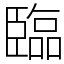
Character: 臨